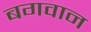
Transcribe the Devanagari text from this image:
बगवान